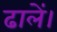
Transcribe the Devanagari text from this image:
ढालें।